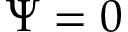
\Psi = 0